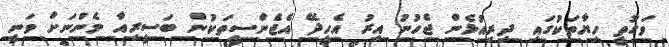
ވަގުތީ ހިޔާތަކުގައި ދިރިއުޅެން ޖެހުނު އިރު އެހީދޭ އެޖެންސީތަކުން ބަސީރިއާ މެންނަށް ވަނީ